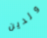
ولدين